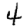
Digit: 4